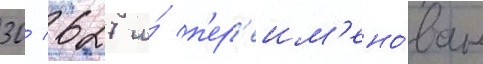
30/ 627 и́ п'ер'еим'ено́ван